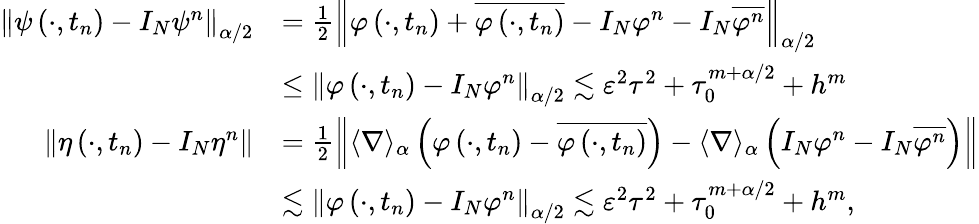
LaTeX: \begin{array}{rl}{\left\| \psi\left(\cdot,t_{n}\right)-I_{N}\psi^{n}\right\| _{\alpha/2}}&{=\frac{1}{2}\left\| \varphi\left(\cdot,t_{n}\right)+\overline{{\varphi\left(\cdot,t_{n}\right)}}-I_{N}\varphi^{n}-I_{N}\overline{{\varphi^{n}}}\right\| _{\alpha/2}}\\ &{\leq\left\| \varphi\left(\cdot,t_{n}\right)-I_{N}\varphi^{n}\right\| _{\alpha/2}\lesssim\varepsilon^{2}\tau^{2}+\tau_{0}^{m+\alpha/2}+h^{m}}\\ {\left\| \eta\left(\cdot,t_{n}\right)-I_{N}\eta^{n}\right\| }&{=\frac{1}{2}\left\| \langle\nabla\rangle_{\alpha}\left(\varphi\left(\cdot,t_{n}\right)-\overline{{\varphi\left(\cdot,t_{n}\right)}}\right)-\langle\nabla\rangle_{\alpha}\left(I_{N}\varphi^{n}-I_{N}\overline{{\varphi^{n}}}\right)\right\| }\\ &{\lesssim\left\| \varphi\left(\cdot,t_{n}\right)-I_{N}\varphi^{n}\right\| _{\alpha/2}\lesssim\varepsilon^{2}\tau^{2}+\tau_{0}^{m+\alpha/2}+h^{m},}\end{array}